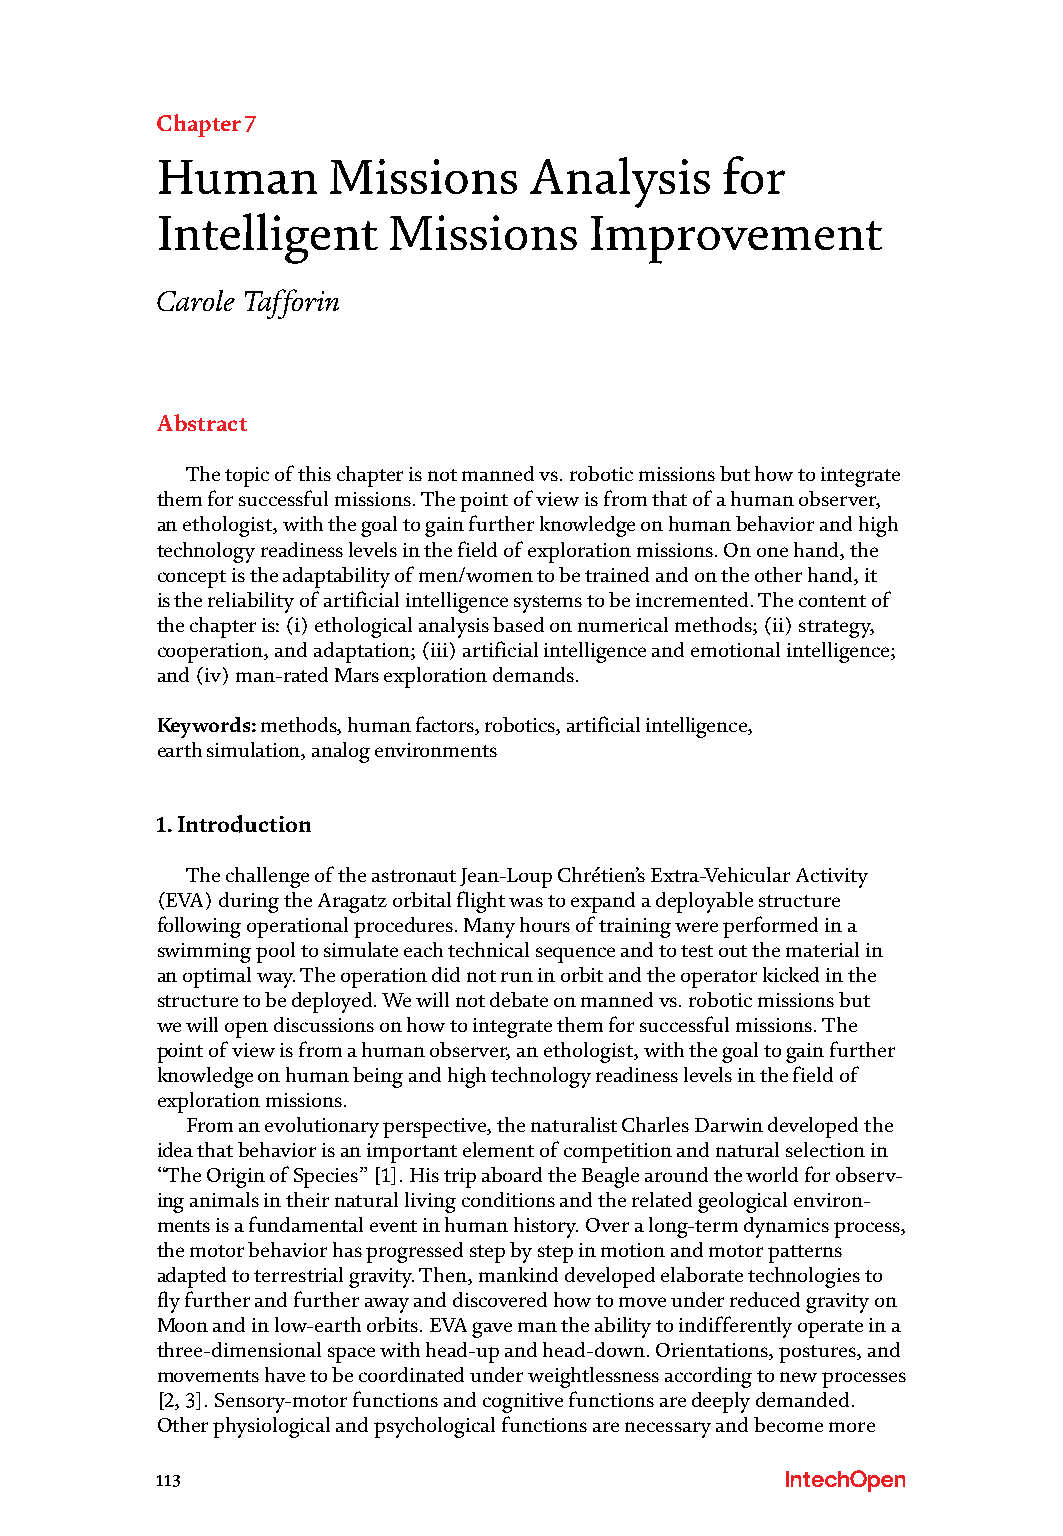
Chapter 7
 Human       Missions     Analysis     for
 Intelligent     Missions     Improvement
 Carole Tafforin
 Abstract
 The topic of this chapter is not manned vs. robotic missions but how to integrate
 them for successful missions. The point of view is from that of a human observer,
 an ethologist, with the goal to gain further knowledge on human behavior and high
 technology readiness levels in the field of exploration missions. On one hand, the
 concept is the adaptability of men/women to be trained and on the other hand, it
 is the reliability of artificial intelligence systems to be incremented. The content of
 the chapter is: (i) ethological analysis based on numerical methods; (ii) strategy,
 cooperation, and adaptation; (iii) artificial intelligence and emotional intelligence;
 and (iv) man-rated Mars exploration demands.
 Keywords: methods, human factors, robotics, artificial intelligence,
 earth simulation, analog environments
 1. Introduction
 The challenge of the astronaut Jean-Loup Chrétien’s Extra-Vehicular Activity
 (EVA) during the Aragatz orbital flight was to expand a deployable structure
 following operational procedures. Many hours of training were performed in a
 swimming pool to simulate each technical sequence and to test out the material in
 an optimal way. The operation did not run in orbit and the operator kicked in the
 structure to be deployed. We will not debate on manned vs. robotic missions but
 we will open discussions on how to integrate them for successful missions. The
 point of view is from a human observer, an ethologist, with the goal to gain further
 knowledge on human being and high technology readiness levels in the field of
 exploration missions.
 From an evolutionary perspective, the naturalist Charles Darwin developed the
 idea that behavior is an important element of competition and natural selection in
 “The Origin of Species” [1]. His trip aboard the Beagle around the world for observ-
 ing animals in their natural living conditions and the related geological environ-
 ments is a fundamental event in human history. Over a long-term dynamics process,
 the motor behavior has progressed step by step in motion and motor patterns
 adapted to terrestrial gravity. Then, mankind developed elaborate technologies to
 fly further and further away and discovered how to move under reduced gravity on
 Moon and in low-earth orbits. EVA gave man the ability to indifferently operate in a
 three-dimensional space with head-up and head-down. Orientations, postures, and
 movements have to be coordinated under weightlessness according to new processes
 [2, 3]. Sensory-motor functions and cognitive functions are deeply demanded.
 Other physiological and psychological functions are necessary and become more
 113